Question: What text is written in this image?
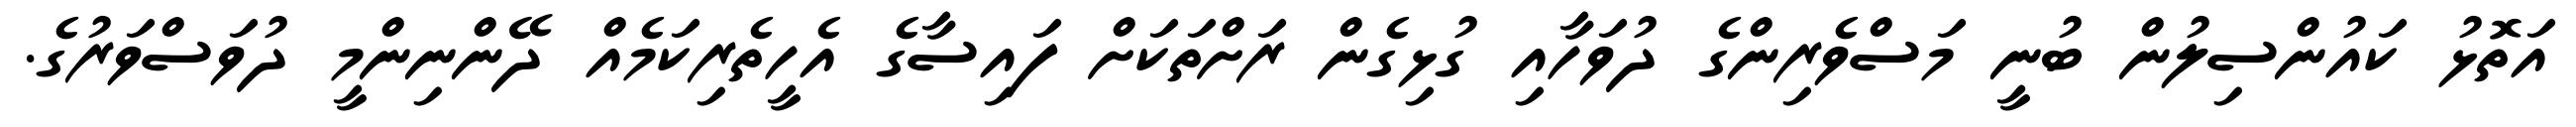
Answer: އަތޮޅު ކައުންސިލުން ބުނީ މަސްވެރިންގެ ދުވަހާއި ގުޅިގެން ރަށްތަކަށް ފައިސާގެ އެހީތެރިކަމެއް ދޭންނިންމީ ދުވަސްވަރުގެ.